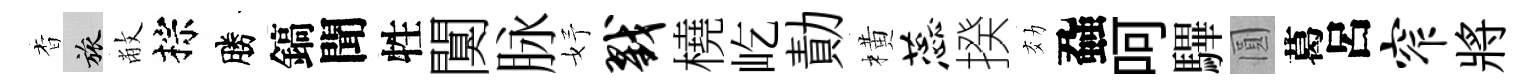
杳旅敝棕勝鎬聞牲闃脉妤戮橈屹勣橫蕊揆効蝨呵驆圓葛呂窄將